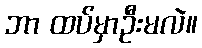
ဘာ ထပ်မှာဦးမလဲ။